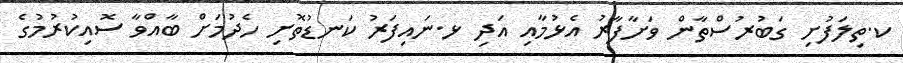
ކ.ތިލަފުށި ގަބުރުސްތާން ވަށާފާރު އެޅުމާއި އަދި ޅ.ނައިފަރު ކަނޑުތޮށި ހެދުމަށް ބާއްވާ ސޮއިކުރުމުގެ